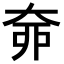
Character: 𡘣